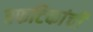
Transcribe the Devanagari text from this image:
स्फटिकांची